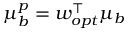
\mu _ { b } ^ { p } = \boldsymbol { w _ { o p t } ^ { \intercal } \mu _ { b } }